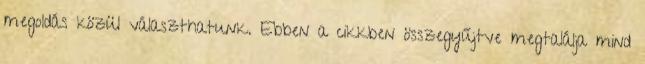
megoldás közül választhatunk. Ebben a cikkben összegyűjtve megtalálja mind